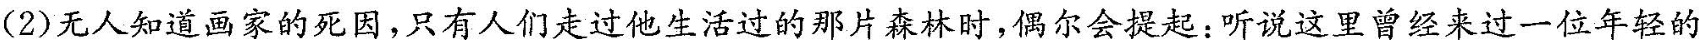
(2)无人知道画家的死因，只有人们走过他生活过的那片森林时，偶尔会提起:听说这里曾经来过一位年轻的